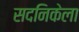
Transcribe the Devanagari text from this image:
सदनिकेला